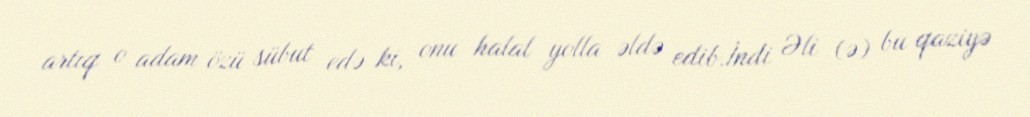
artıq o adam özü sübut edə ki, onu halal yolla əldə edib.İndi Əli (ə) bu qaziyə